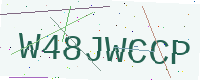
Text: W48JWCCP